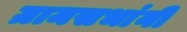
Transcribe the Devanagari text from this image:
ग्रामसभांनी